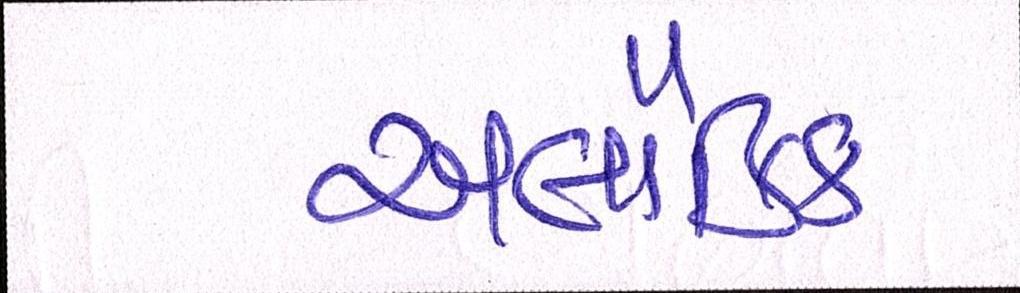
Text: અલૌકિક